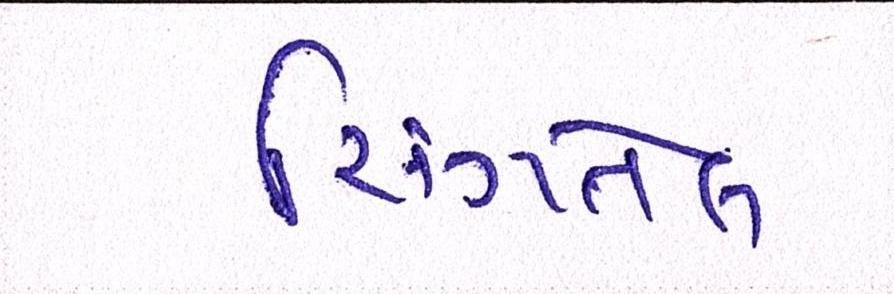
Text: સિંગતેલ